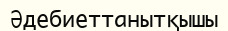
Әдебиеттанытқышы